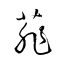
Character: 菲